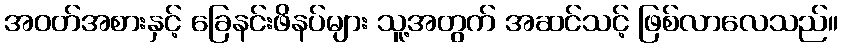
အဝတ်အစားနှင့် ခြေနင်းဖိနပ်များ သူ့အတွက် အဆင်သင့် ဖြစ်လာလေသည်။